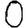
Digit: 0